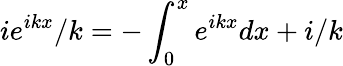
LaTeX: ie^{ikx}/k=-\int_{0}^{x}e^{ikx}dx+i/k